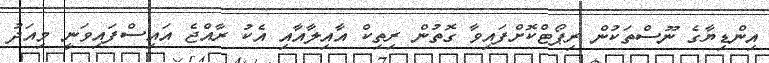
އިންޑިޔާގެ ނޫސްތަކުން ރިޕޯޓްކޮށްފައިވާ ގޮތުން ރިތިކް އާއިލާއާއި އެކު ރާއްޖެ އައިސްފައިވަނީ މިއަދު